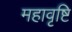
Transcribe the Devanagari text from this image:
महावृष्टि